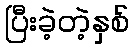
ပြီးခဲ့တဲ့နှစ်